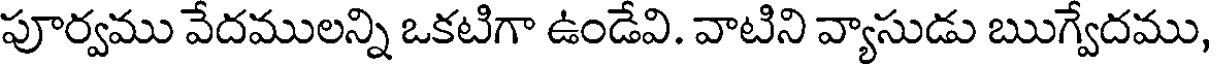
పూర్వము వేదములన్ని ఒకటిగా ఉండేవి. వాటిని వ్యాసుడు ఋగ్వేదము,